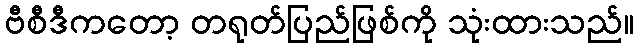
ဗီစီဒီကတော့ တရုတ်ပြည်ဖြစ်ကို သုံးထားသည်။